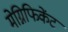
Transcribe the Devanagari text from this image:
मेग्निफिकेंट